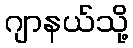
ဂျာနယ်သို့